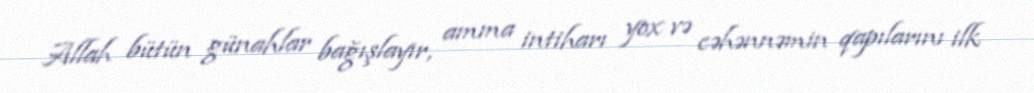
Allah bütün günahlar bağışlayır, amma intiharı yox və cəhənnəmin qapılarını ilk